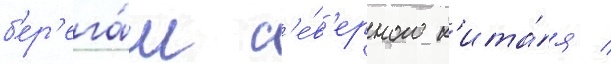
б'ер'ега́м с'е́в'ерного к'ита́я /